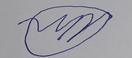
Signature authenticity: forged